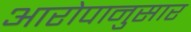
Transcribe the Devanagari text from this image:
आरोपानुसार